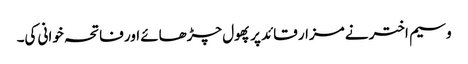
وسیم اختر نے مزار قائد پر پھول چڑھائے اور فاتحہ خوانی کی۔